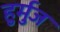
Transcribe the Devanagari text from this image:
हुर्मुज